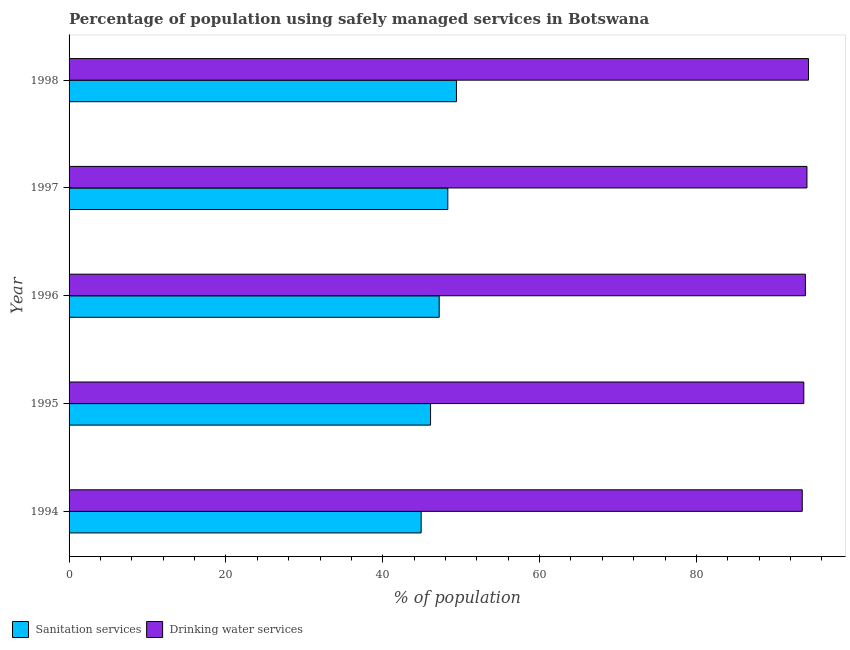
| Year | Sanitation services | Drinking water services |
 | --- | --- | --- |
 | 1994 | 44.9 | 93.5 |
 | 1995 | 46.1 | 93.7 |
 | 1996 | 47.2 | 93.9 |
 | 1997 | 48.3 | 94.1 |
 | 1998 | 49.4 | 94.3 |